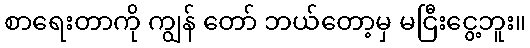
စာရေးတာကို ကျွန် တော် ဘယ်တော့မှ မငြီးငွေ့ဘူး။